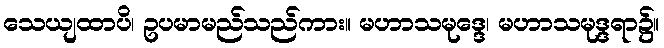
သေယျထာပိ၊ ဥပမာမည်သည်ကား။ မဟာသမုဒ္ဒေ၊ မဟာသမုဒ္ဒရာ၌။